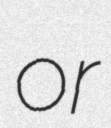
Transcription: or